Rangoon Lunatic Asylum 1898-1906 - 1898-1906
Year: 1898
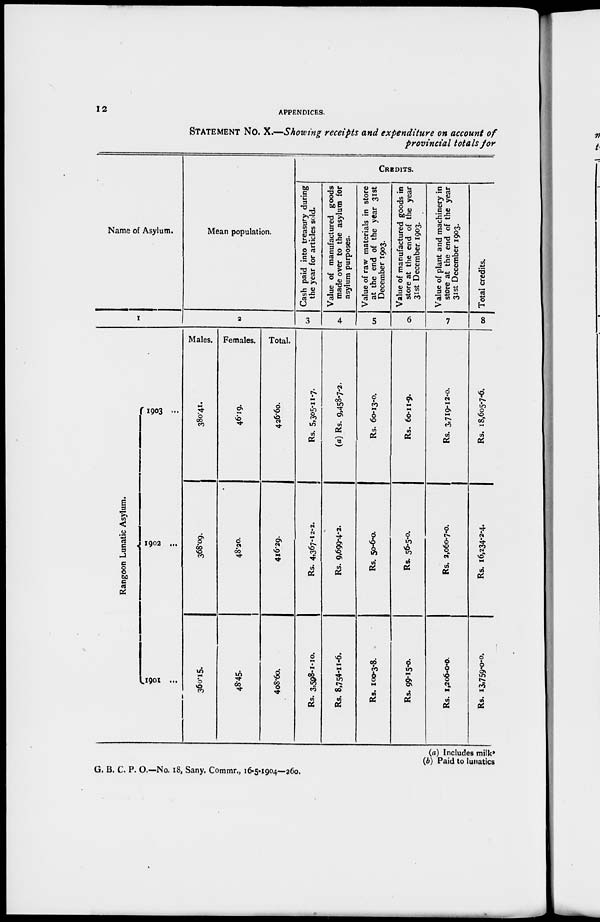
12
APPENDICES.
STATEMENT No. X.—Showing receipts and expenditure on account of
provincial totals for
Name of Asylum.
1
Ra ngoon Lunat i c As yl um.
1903 ...
1902 ...
1901 ...
Mean population.
2
Males.
380.41.
368.09.
360.15.
Females.
46.19.
48.20.
48.45.
Total.
426.60.
416.29.
408.60.
CREDITS.
Cash paid into treasury during
the year for articles sold.
3
Rs. 5,305-11-7.
Rs. 4,367-12-2.
Rs. 3,558-1-10.
Value of manufactured goods
made over to the asylum for
asylum purposes.
4
(a) Rs. 9,458-7-2.
Rs. 9,699-4-2.
Rs. 8,754-11-6.
Value of raw materials in store
at the end of the year 31st
December 1903.
5
Rs. 60-13-0.
Rs. 50-6-0.
Rs. 100-3-8.
Value of manufactured goods in
store at the end of the year
31st December 1903.
6
Rs. 60-11-9.
Rs. 56-5-0.
Rs. 99-15-0.
Value of plant and machinery in
store at the end of the year
31st December 1903.
7
Rs. 3,719-12-0.
Rs. 2,060-7-0.
Rs. 1,206-0-0.
Total credits.
8
Rs. 18,605-7-6.
Rs. 16,234-2-4.
Rs. 13,759-0-0.
(a) Includes milk'
(b) Paid to lunatics
G. B. C. P. O.—No. 18, Sany. Commr., 16-5-1904—260.